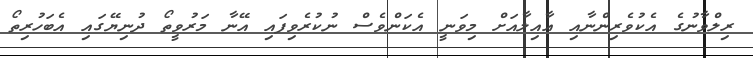
ރިލްވާނުގެ އެކުވެރިންނާއި އާއިލާއަށް މިވަނީ އެކަންވެސް ނުކުރެވިފައި އޭނާ މަރުވީތޯ ދުނިޔޭގައި އެބަހުރިތޯ